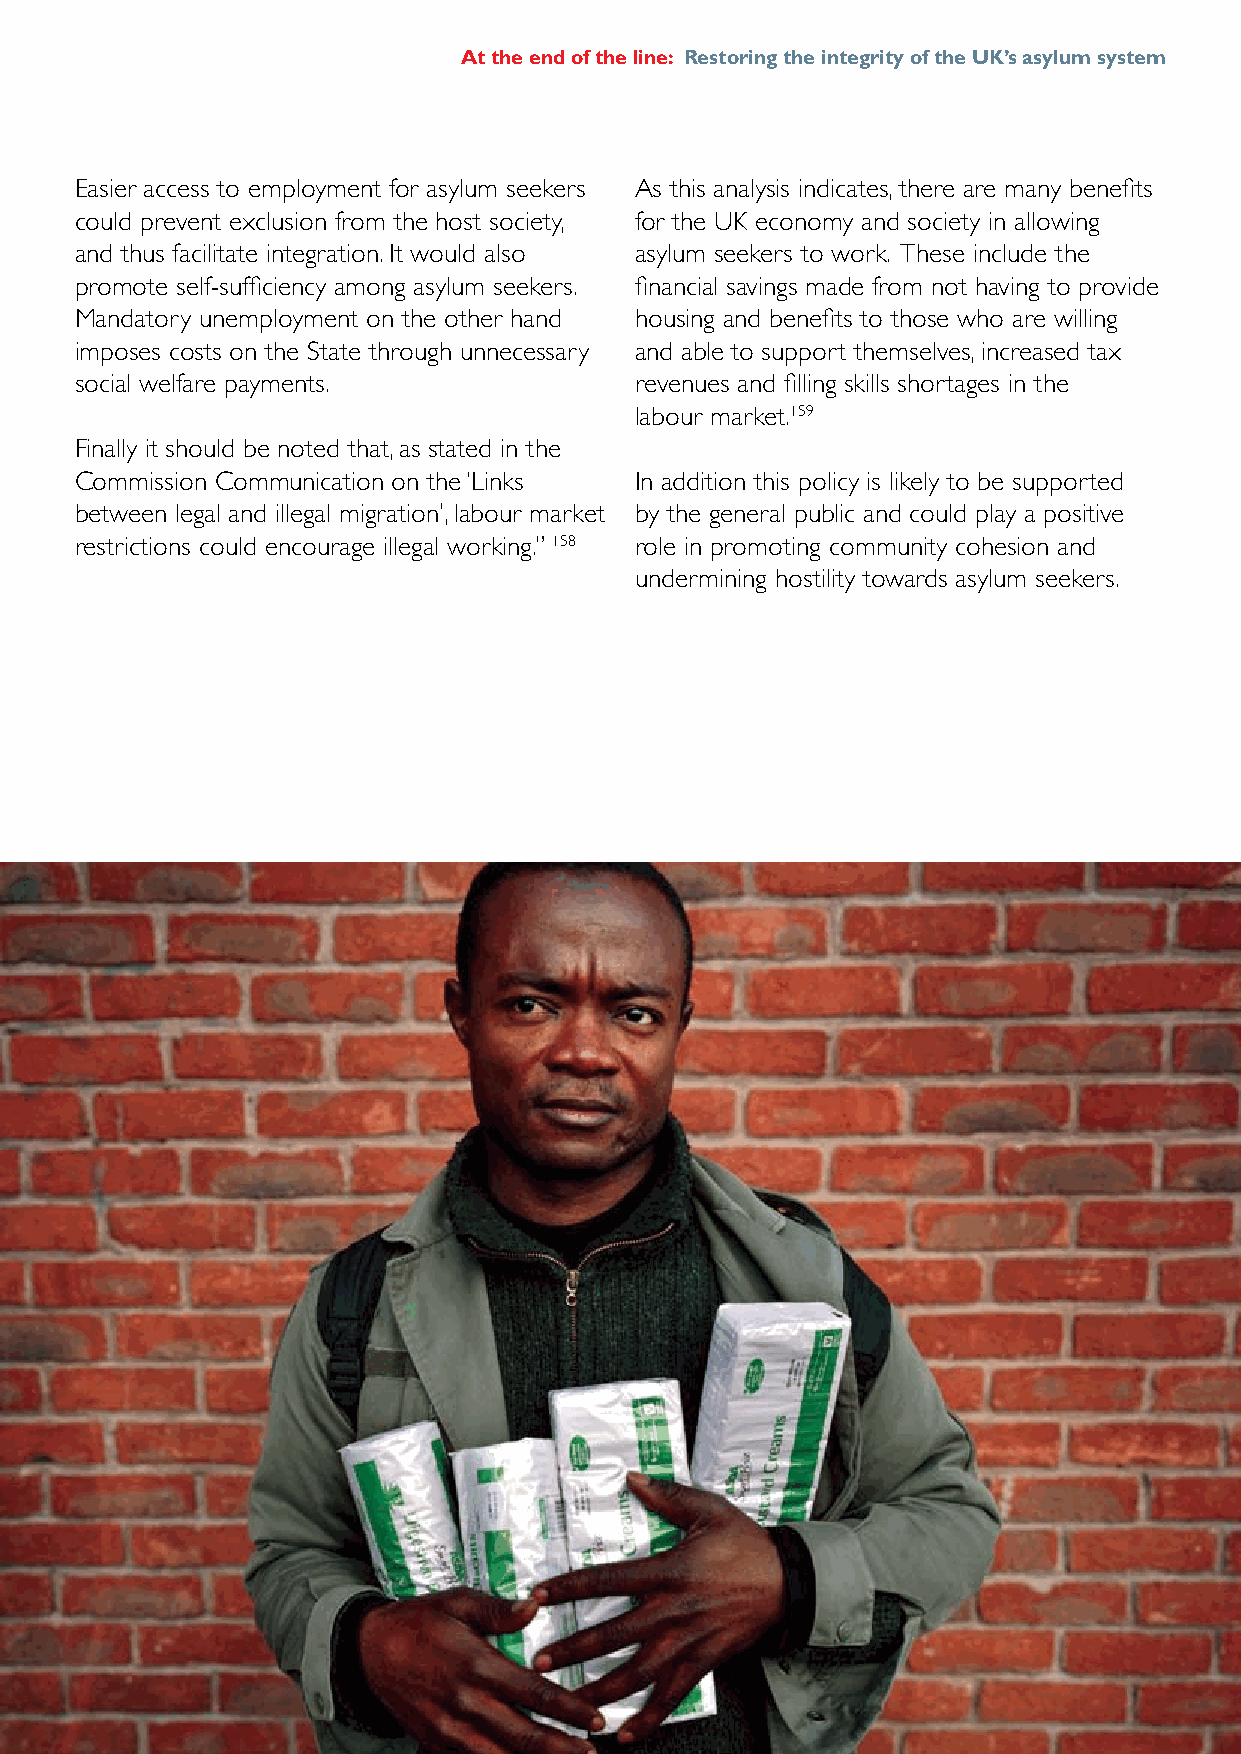
At the end of the line: Restoring the integrity of the UK’s asylum system
 Easier access to employment for asylum seekers As this analysis indicates, there are many benefits
 could prevent exclusion from the host society, for the UK economy and society in allowing
 and thus facilitate integration. It would also asylum seekers to work. These include the
 promote self-sufficiency among asylum seekers. financial savings made from not having to provide
 Mandatory unemployment on the other hand housing and benefits to those who are willing
 imposes costs on the State through unnecessary and able to support themselves, increased tax
 social welfare payments.             revenues and filling skills shortages in the
 labour market.159
 Finally it should be noted that, as stated in the
 Commission Communication on the ‘Links In addition this policy is likely to be supported
 between legal and illegal migration’, labour market by the general public and could play a positive
 restrictions could encourage illegal working.” 158 role in promoting community cohesion and
 undermining hostility towards asylum seekers.
 Tamba,  21, Liberia
 69